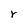
Character: r